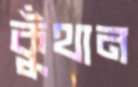
কুঁথান